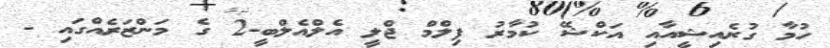
ހުމާ ގުރެއިޝީއާއި އަކްޝޭ ކުމާރު ފިލްމް ޖްލީ އެލްއެލްބީ-2 ގެ މަންޒަރެއްގައި -